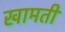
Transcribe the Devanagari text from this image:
खामती